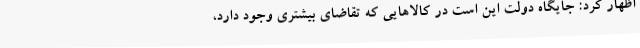
اظهار کرد: جایگاه دولت این است در کالاهایی که تقاضای بیشتری وجود دارد،